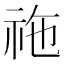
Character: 𥙁